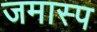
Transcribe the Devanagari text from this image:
जमास्प